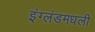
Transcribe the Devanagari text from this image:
इंग्लंडमधली